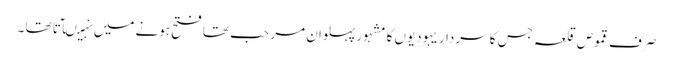
صرف قموص قلعہ جس کا سردار یہودیوں کا مشہور پہلوان مر حب تھا فتح ہونے میں نہیںآتا تھا ۔